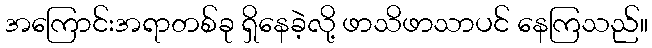
အကြောင်းအရာတစ်ခု ရှိနေခဲ့လို့ ဖာသိဖာသာပင် နေကြသည်။